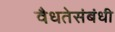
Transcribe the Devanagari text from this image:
वैधतेसंबंधी